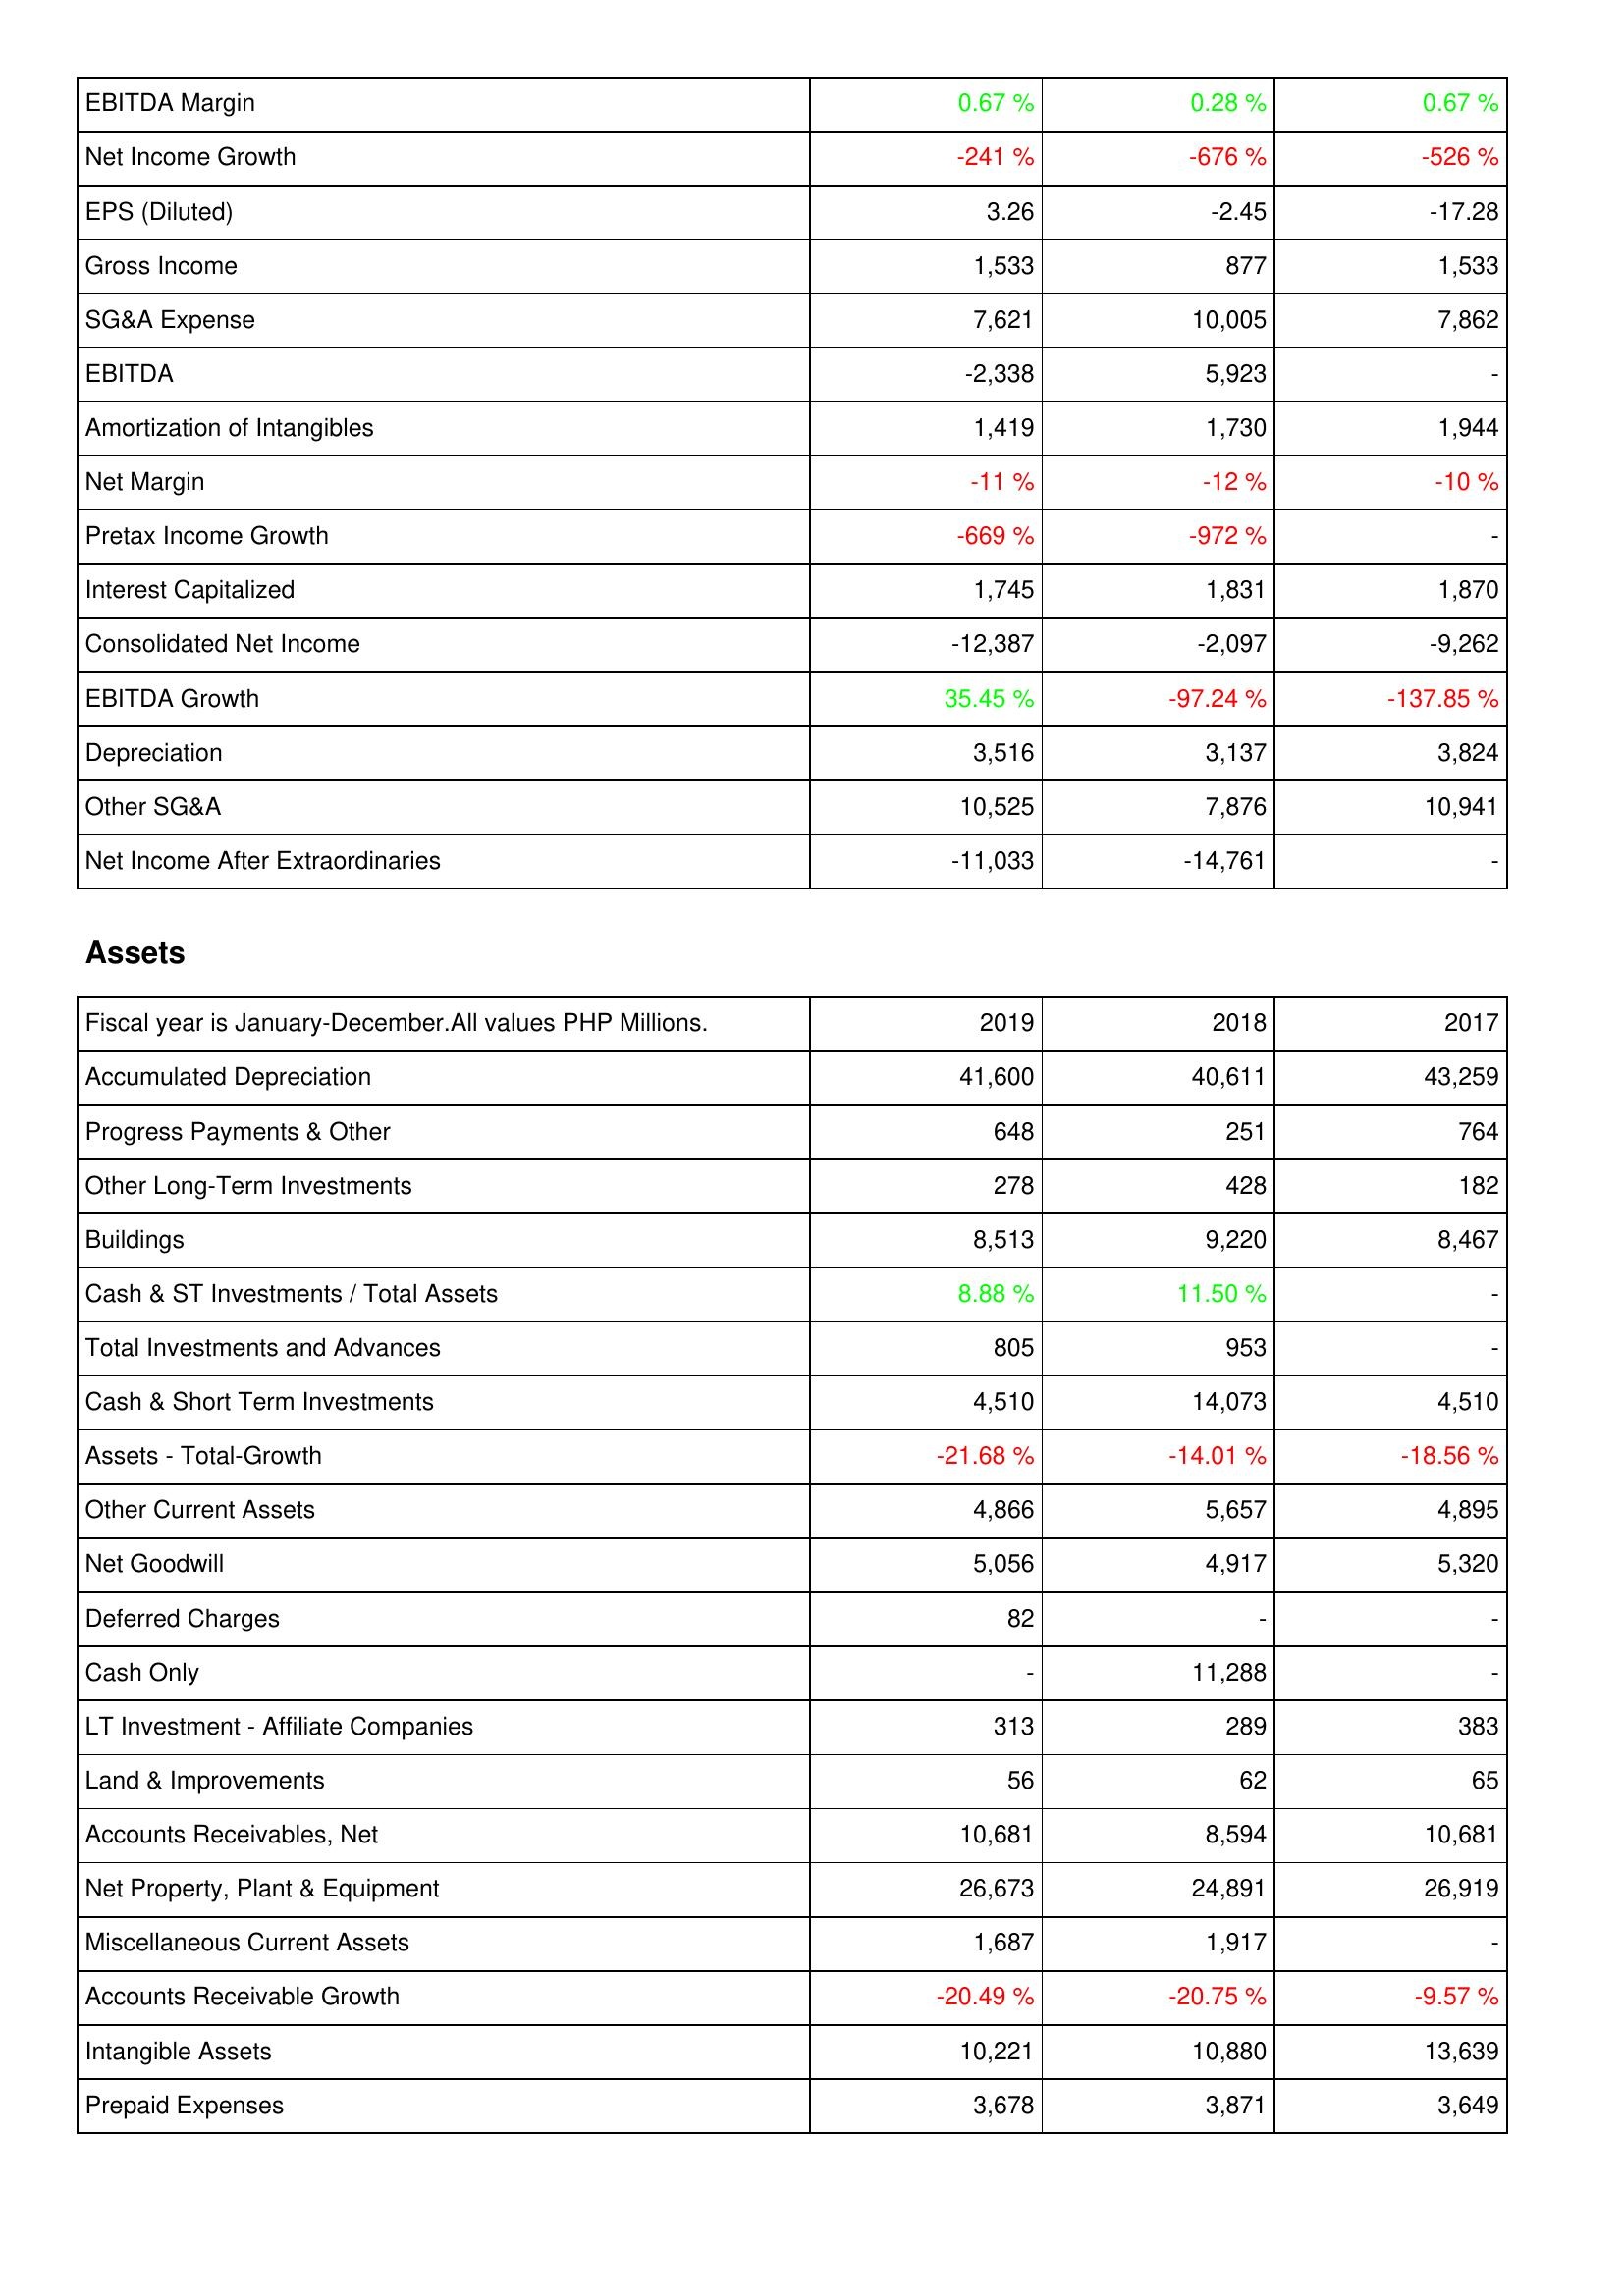
2019: Income Statement: EBITDA Margin: 0.67 %
Net Income Growth: -241 %
EPS (Diluted): 3.26
Gross Income: 1,533
SG&A Expense: 7,621
EBITDA: -2,338
Amortization of Intangibles: 1,419
Net Margin: -11 %
Pretax Income Growth: -669 %
Interest Capitalized: 1,745
Consolidated Net Income: -12,387
EBITDA Growth: 35.45 %
Depreciation: 3,516
Other SG&A: 10,525
Net Income After Extraordinaries: -11,033
Assets: Accumulated Depreciation: 41,600
Progress Payments & Other: 648
Other Long-Term Investments: 278
Buildings: 8,513
Cash & ST Investments / Total Assets: 8.88 %
Total Investments and Advances: 805
Cash & Short Term Investments: 4,510
Assets - Total-Growth: -21.68 %
Other Current Assets: 4,866
Net Goodwill: 5,056
Deferred Charges: 82
Cash Only: -
LT Investment - Affiliate Companies: 313
Land & Improvements: 56
Accounts Receivables, Net: 10,681
Net Property, Plant & Equipment: 26,673
Miscellaneous Current Assets: 1,687
Accounts Receivable Growth: -20.49 %
Intangible Assets: 10,221
Prepaid Expenses: 3,678
2018: Income Statement: EBITDA Margin: 0.28 %
Net Income Growth: -676 %
EPS (Diluted): -2.45
Gross Income: 877
SG&A Expense: 10,005
EBITDA: 5,923
Amortization of Intangibles: 1,730
Net Margin: -12 %
Pretax Income Growth: -972 %
Interest Capitalized: 1,831
Consolidated Net Income: -2,097
EBITDA Growth: -97.24 %
Depreciation: 3,137
Other SG&A: 7,876
Net Income After Extraordinaries: -14,761
Assets: Accumulated Depreciation: 40,611
Progress Payments & Other: 251
Other Long-Term Investments: 428
Buildings: 9,220
Cash & ST Investments / Total Assets: 11.50 %
Total Investments and Advances: 953
Cash & Short Term Investments: 14,073
Assets - Total-Growth: -14.01 %
Other Current Assets: 5,657
Net Goodwill: 4,917
Deferred Charges: -
Cash Only: 11,288
LT Investment - Affiliate Companies: 289
Land & Improvements: 62
Accounts Receivables, Net: 8,594
Net Property, Plant & Equipment: 24,891
Miscellaneous Current Assets: 1,917
Accounts Receivable Growth: -20.75 %
Intangible Assets: 10,880
Prepaid Expenses: 3,871
2017: Income Statement: EBITDA Margin: 0.67 %
Net Income Growth: -526 %
EPS (Diluted): -17.28
Gross Income: 1,533
SG&A Expense: 7,862
EBITDA: -
Amortization of Intangibles: 1,944
Net Margin: -10 %
Pretax Income Growth: -
Interest Capitalized: 1,870
Consolidated Net Income: -9,262
EBITDA Growth: -137.85 %
Depreciation: 3,824
Other SG&A: 10,941
Net Income After Extraordinaries: -
Assets: Accumulated Depreciation: 43,259
Progress Payments & Other: 764
Other Long-Term Investments: 182
Buildings: 8,467
Cash & ST Investments / Total Assets: -
Total Investments and Advances: -
Cash & Short Term Investments: 4,510
Assets - Total-Growth: -18.56 %
Other Current Assets: 4,895
Net Goodwill: 5,320
Deferred Charges: -
Cash Only: -
LT Investment - Affiliate Companies: 383
Land & Improvements: 65
Accounts Receivables, Net: 10,681
Net Property, Plant & Equipment: 26,919
Miscellaneous Current Assets: -
Accounts Receivable Growth: -9.57 %
Intangible Assets: 13,639
Prepaid Expenses: 3,649